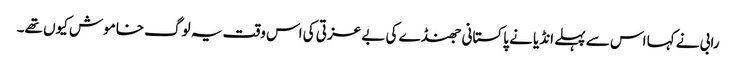
رابی نے کہا اس سے پہلے انڈیا نے پاکستانی جھنڈے کی بے عزتی کی اس وقت یہ لوگ خاموش کیوں تھے۔